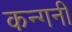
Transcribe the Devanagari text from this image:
कन्गनी